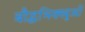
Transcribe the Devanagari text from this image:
बौद्धभिक्खुओं